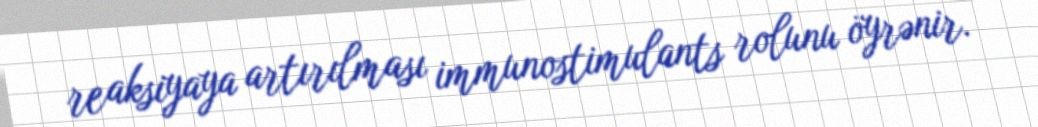
reaksiyaya artırılması immunostimulants rolunu öyrənir.